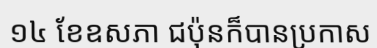
១៤ ខែឧសភា ជប៉ុនក៏បានប្រកាស